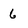
Character: 6